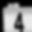
Digit: 4